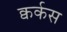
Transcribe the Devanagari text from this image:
क्वर्कस